Lunatic asylums in Bengal annual reports 1912-1924 - 1912-1924
Year: 1912
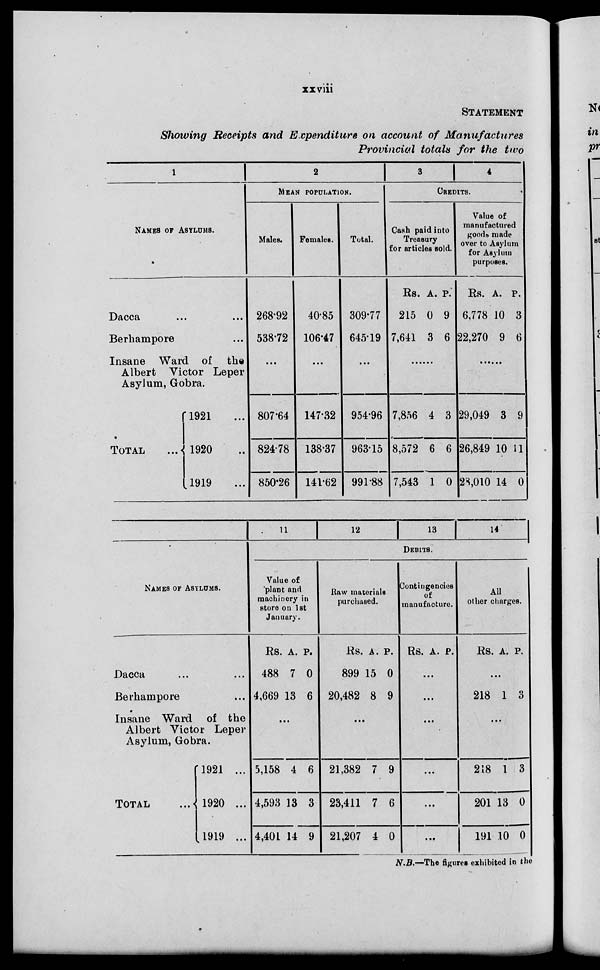
xxviii
STATEMENT
Showing Receipts and Expenditure on account of Manufactures
Provincial totals for the two
1
NAMES OF ASYLUMS.
Dacca
...
...
Berhampore
Insane Ward of the
Albert Victor Leper
Asylum, Gobra.
TOTAL
...
1921...
1920 ...
1919 ...
2
MEAN POPULATION.
Males.
268.92
538.72
...
807.64
824.78
850.26
Females.
40.85
106.47
...
147.32
138.37
141.62
Total.
309.77
645.19
...
954.96
963.15
991.88
3
4
CREDITS.
Cash paid into
Treasury
for articles sold.
Rs.
215
7,641
A.
0
3
P.
9
6
......
7,856
8,572
7,543
4
6
1
3
6
0
Value of
manufactured
goods made
over to Asylum
for Asylum
purposes.
Rs.
6,778
22,270
A.
10
9
P.
3
6
......
29,049
26,849
28,010
3
10
14
9
11
0
NAMES OF ASYLUMS.
Dacca
...
...
Berhampore ...
Insane Ward of the
Albert Victor Leper
Asylum, Gobra.
TOTAL
1921 ...
1920 ...
1919 ...
11
12
13
14
DEBITS.
Value of
plant and
machinery in
store on 1st
January.
Rs.
488
4,669
A.
7
13
P.
0
6
...
5,158
4,593
4,401
4
13
14
6
3
9
Raw materials
purchased.
Rs.
899
20,482
A.
15
8
P.
0
9
...
21,382
23,411
21,207
7
7
4
9
6
0
Contingencies
of
manufacture.
Rs. A. P.
...
...
...
...
...
...
All
other charges.
Rs. A. P.
...
218 1 3
...
218
201
191
1
13
10
3
0
0
N.B.—The figures exhibited in the